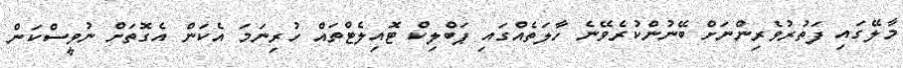
މާލޭގައި ފަތުރުވެރިންނަށް ބޭނުންކުރެވޭނެ ހާލަތެއްގައި ޕަބްލިކް ޓޮއިލެޓްތައް ހުރިނަމަ އެކަން އެގޮތަށް ނުވީސްކަން